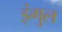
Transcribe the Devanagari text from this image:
इंगुल